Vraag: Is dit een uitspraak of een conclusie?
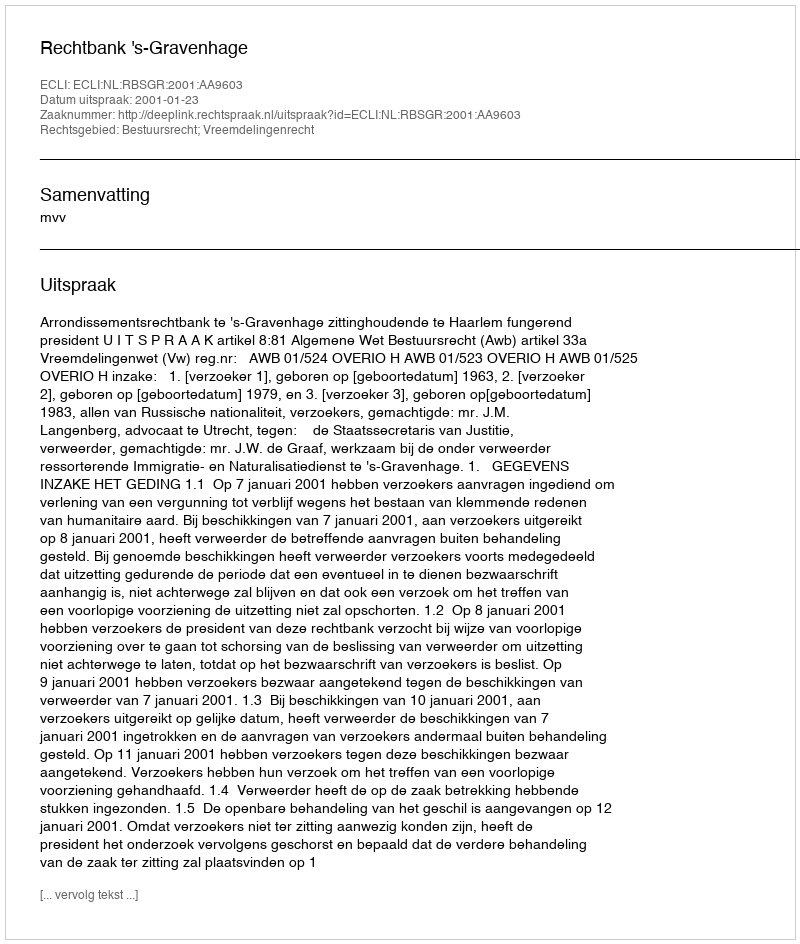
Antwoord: Uitspraak